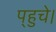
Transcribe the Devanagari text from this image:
प्‌हुचे।